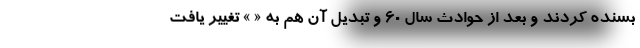
بسنده کردند و بعد از حوادث سال 60 و تبدیل آن هم به « » تغییر یافت